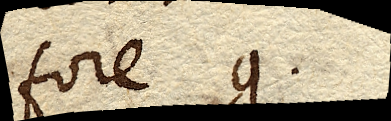
fore g.